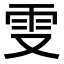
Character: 𠭍